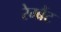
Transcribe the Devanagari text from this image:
रेम्ब्रैंट